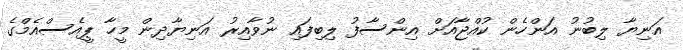
އަނިޔާ ލިބުނު އަންހެން ކުއްޖާއަށް އިންސާފު ލިބިފައި ނުވާއިރު އަނިޔާދިން މީހާ ޕީއެސްއެމްގެ